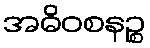
အဓိဝစနဉ္စ